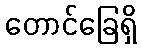
တောင်ခြေရှိ